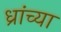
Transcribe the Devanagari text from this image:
ध्रांच्या